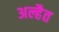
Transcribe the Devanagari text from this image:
अल्हैत